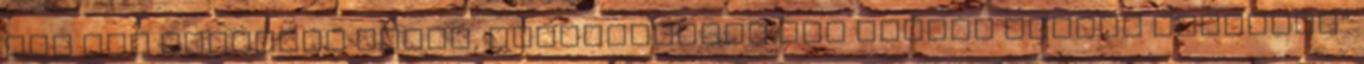
„Ha itt maradtam volna, valószínűleg nem tudnék ennyit segíteni”